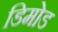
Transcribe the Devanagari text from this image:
डिमोड